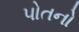
પોતનો